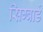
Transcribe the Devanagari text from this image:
सिग्वार्ड